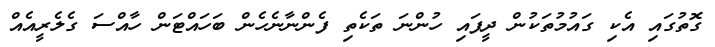
ގޮތުގައި އެކި ގައުމުތަކުން ދީފައި ހުންނަ ތަކެތި ފެންނާނެހެން ބަހައްޓަން ހާއްސަ ގެލެރީއެއް